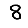
Digit: 8